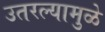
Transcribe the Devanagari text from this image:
उतरल्यामुळे